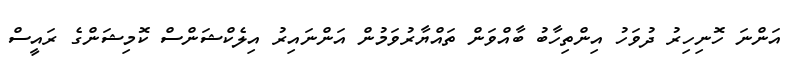
އަންނަ ހޮނިހިރު ދުވަހު އިންތިހާބު ބާއްވަން ތައްޔާރުވަމުން އަންނައިރު އިލެކްޝަންސް ކޮމިޝަންގެ ރައީސް